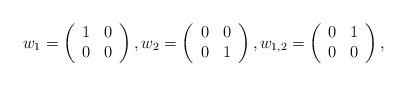
LaTeX: \begin{align*}w_{1}=\left( \begin{array}{cc}1&0\\0&0\end{array} \right), w_{2}=\left( \begin{array}{cc}0&0\\0&1 \end{array} \right), w_{1,2}=\left( \begin{array}{cc}0&1\\0&0 \end{array} \right),\end{align*}